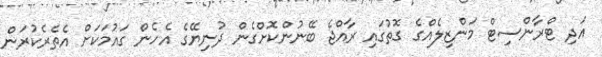
އަދި ޓްރާންސިޓް މަންޒިލެއްގެ ގޮތުގައި ރާއްޖެ ބޭނުންކޮށްގެން ދުނިޔޭގެ އެހެން ގައުމަކަށް އެތެރެކުރަން